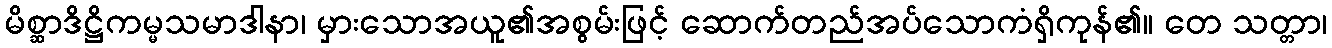
မိစ္ဆာဒိဋ္ဌိကမ္မသမာဒါနာ၊ မှားသောအယူ၏အစွမ်းဖြင့် ဆောက်တည်အပ်သောကံရှိကုန်၏။ တေ သတ္တာ၊